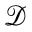
\mathcal { D }